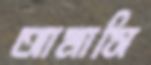
আমাসি